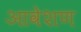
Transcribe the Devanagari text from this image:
आवेशण